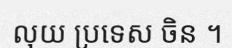
លុយ ប្រទេស ចិន ។